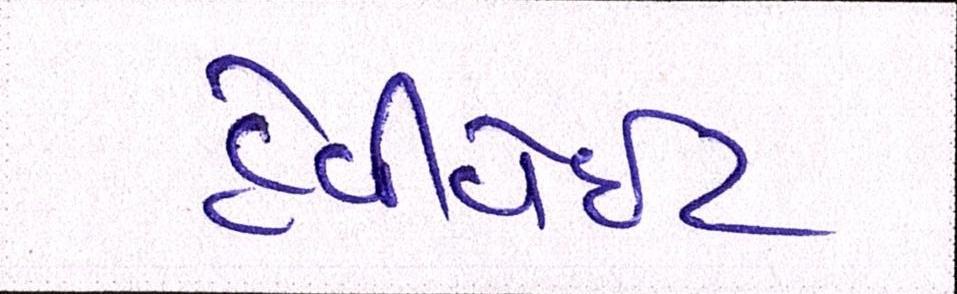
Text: હેવીવેઇટ